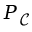
P _ { \mathcal { C } }